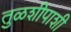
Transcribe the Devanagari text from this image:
तुळशीपाशी